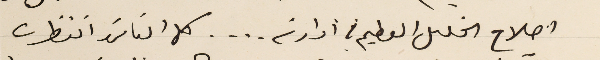
اصلاح الخلىل العطيم في ادارته . . . . كل الناسَ انتظرت